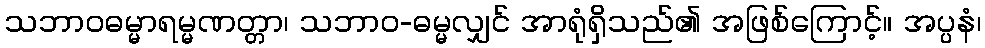
သဘာဝဓမ္မာရမ္မဏတ္တာ၊ သဘာဝ-ဓမ္မလျှင် အာရုံရှိသည်၏ အဖြစ်ကြောင့်။ အပ္ပနံ၊